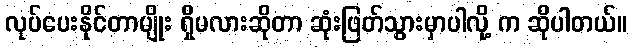
လုပ်ပေးနိုင်တာမျိုး ရှိမလားဆိုတာ ဆုံးဖြတ်သွားမှာပါလို့ က ဆိုပါတယ်။